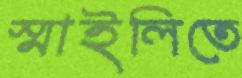
স্মাইলিতে